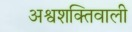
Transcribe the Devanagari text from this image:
अश्वशक्तिवाली